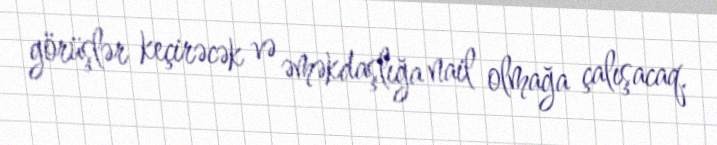
görüşlər keçirəcək və əməkdaşlığa nail olmağa çalışacaq.